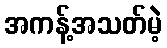
အကန့်အသတ်မဲ့